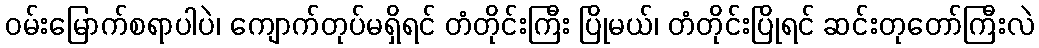
ဝမ်းမြောက်စရာပါပဲ၊ ကျောက်တုပ်မရှိရင် တံတိုင်းကြီး ပြိုမယ်၊ တံတိုင်းပြိုရင် ဆင်းတုတော်ကြီးလဲ